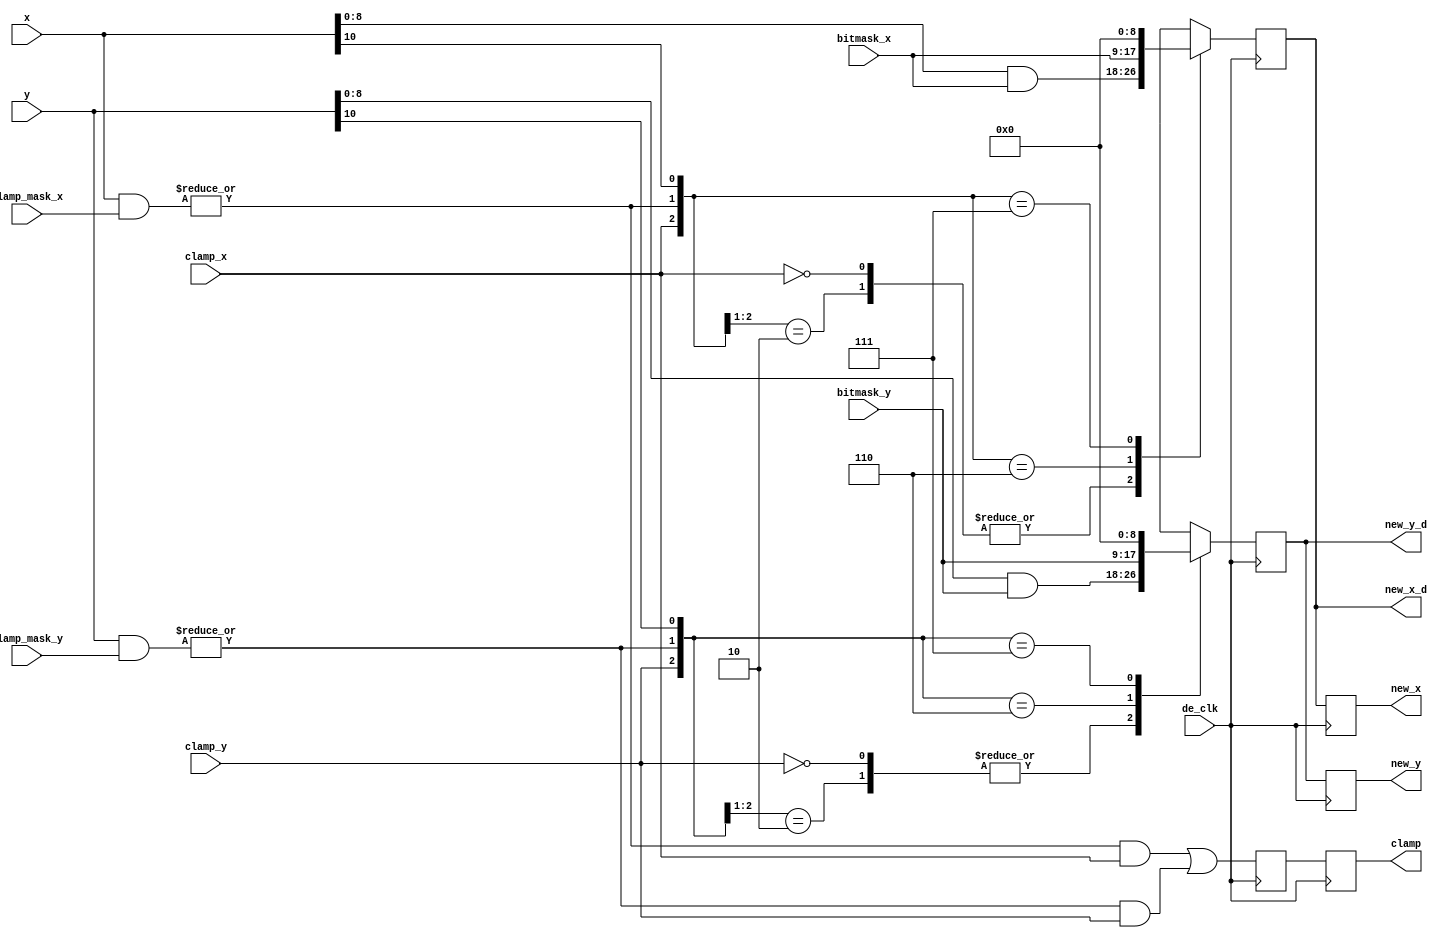
module de3d_tc_clamp
	(
	input		de_clk,		// DE clock.
	input		clamp_x,	/* Clamp in X direction			*/
	input		clamp_y,	/* Clamp in Y direction			*/
	input	[10:0]	x,		/* X coordinate				*/
	input	[10:0]	y,		/* Y coordinate				*/
	input	[10:0]	clamp_mask_x,	/* clamping mask in X			*/
	input	[10:0]	clamp_mask_y,	/* clamping mask in Y			*/
	input	[8:0]	bitmask_x,	/* bitmask for X			*/
	input	[8:0]	bitmask_y,	/* bitmask for Y			*/

	output reg		clamp,		/* Clamping signal for texel		*/
	output reg	[8:0]	new_x,		/* X coordinate out			*/
	output reg	[8:0]	new_y,		/* Y coordinate out			*/
	output reg	[8:0]	new_x_d,	/* X coordinate out			*/
	output reg	[8:0]	new_y_d		/* Y coordinate out			*/
	);

reg		clamp_d;

wire		outside_x,	/* outside of the X extent of texture	*/
		outside_y;	/* outside of the Y extent of texture	*/

// The upper left texel is outside if the bits not masked are set
assign outside_x = |(x & clamp_mask_x);
assign outside_y = |(y & clamp_mask_y);

always @(posedge de_clk) begin
	clamp <= clamp_d;
	clamp_d <= outside_x & clamp_x | outside_y & clamp_y;
	new_x <= new_x_d;
	new_y <= new_y_d;
end

always @(posedge de_clk) begin
  casex ({clamp_x, outside_x, x[10]}) /*synopsys full_case parallel_case */
    3'b0xx,3'b10x: 	new_x_d <= x[8:0] & bitmask_x; 	// straight through
    3'b110: 		new_x_d <= bitmask_x;		// outside, positive
    3'b111: 		new_x_d <= 0;			// Neg, outsid
  endcase
end

always @(posedge de_clk) begin
  casex ({clamp_y, outside_y, y[10]}) /*synopsys full_case parallel_case */
    3'b0xx, 3'b10x: 	new_y_d <= y[8:0] & bitmask_y; 	// straight through
    3'b110: 		new_y_d <= bitmask_y;		// outside, positive
    3'b111: 		new_y_d <= 0;			// Neg, outsid
  endcase
end

endmodule